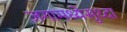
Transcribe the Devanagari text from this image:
जगामध्येसुध्दा